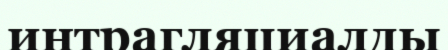
интрагляциалды